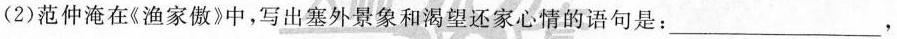
(2)范仲淹在《渔家傲》中，写出塞外景象和渴望还家心情的语句是：___，